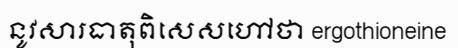
នូវសារធាតុពិសេសហៅថា ergothioneine